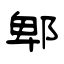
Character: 郫